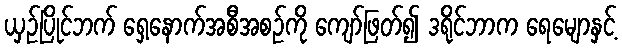
ယှဉ်ပြိုင်ဘက် ရှေ့နောက်အစီအစဉ်ကို ကျော်ဖြတ်၍ ဒရိုင်ဘာက ရေမျောနှင့်